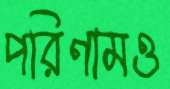
পরিণামও